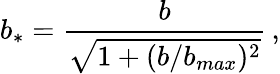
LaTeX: b_{*}={\frac b{\sqrt{1+(b/b_{max})^{2}}}}\, ,